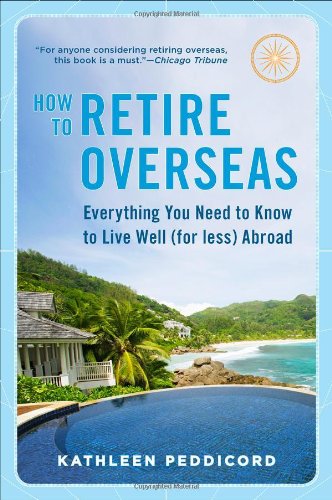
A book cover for How to Retire Overseas: Everything You Need to Know to Live Well (for Less) Abroad; Kathleen Peddicord; Business & Money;